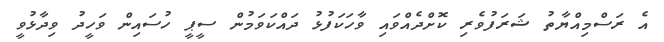
އެ ރަސްމިއްޔާތު ޝަރަފުވެރި ކޮށްދެއްވައި ވާހަކަފުޅު ދައްކަވަމުން ސީޕީ ހުސައިން ވަހީދު ވިދާޅުވީ